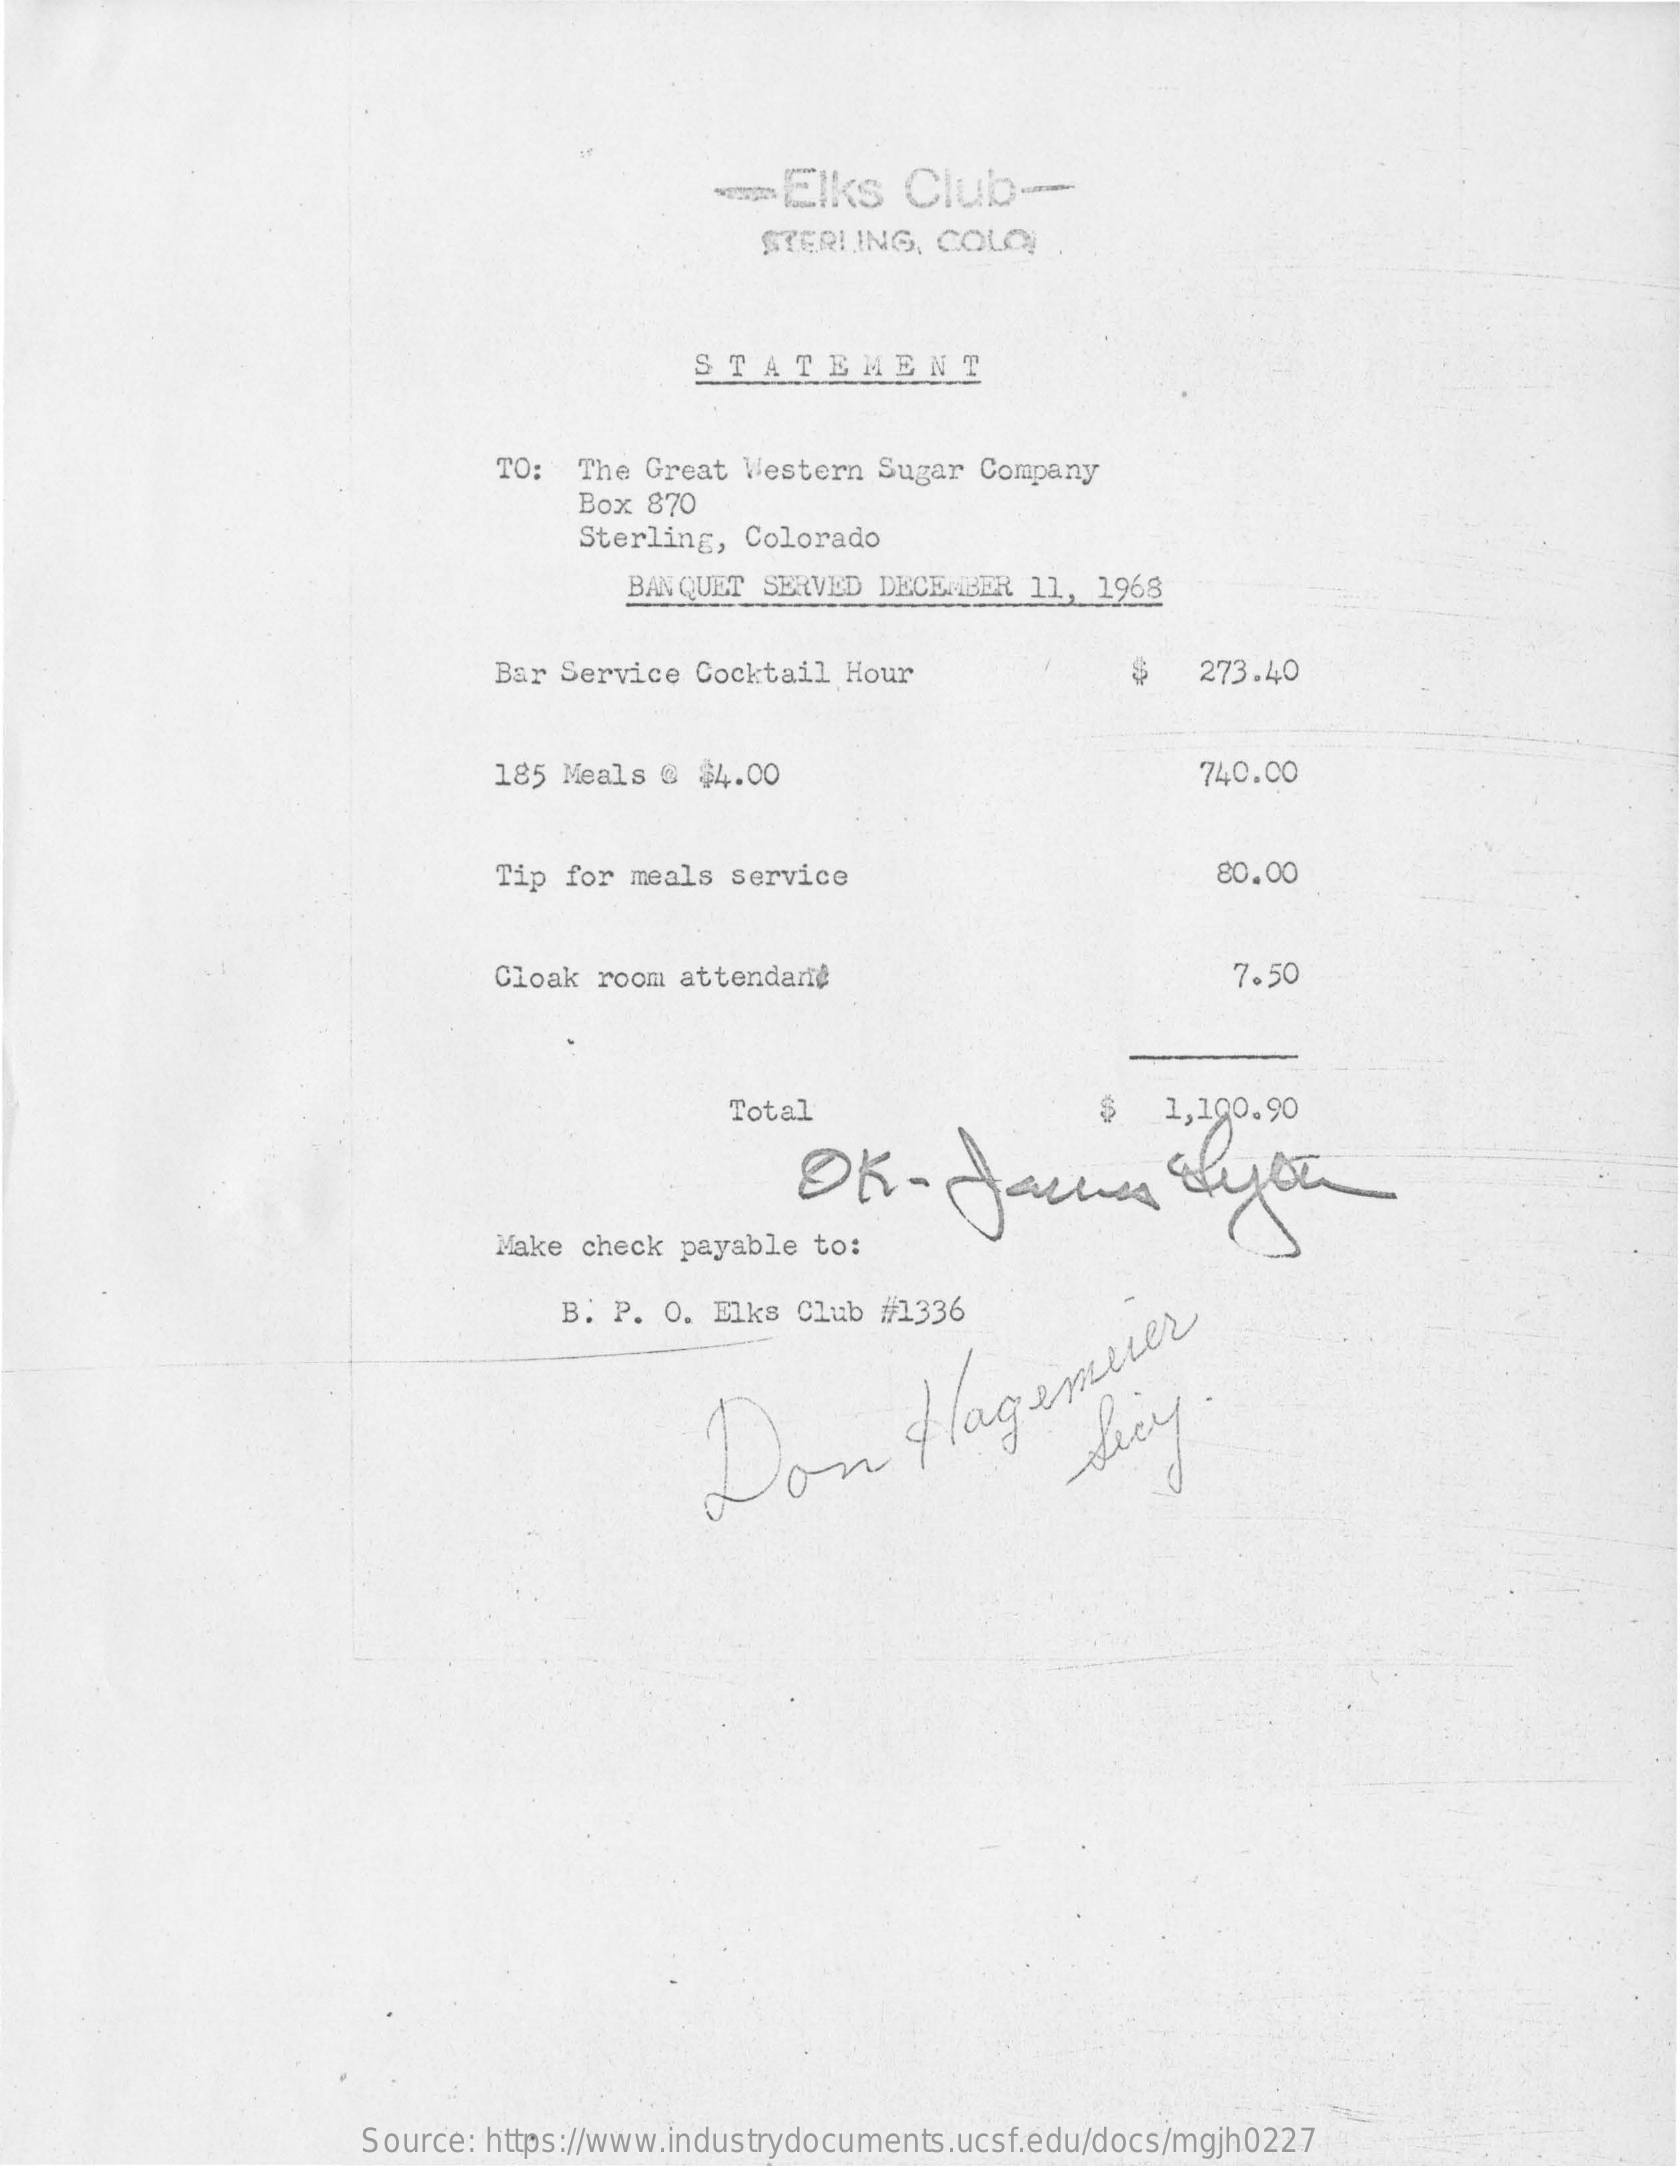
walks    Club   ---
     STERLING,  COLO
     STATEMENT
     TO:  The Great Western Sugar Company
     Box 870
     Sterling, Colorado
     BANQUET SERVED DECEMBER  11, 1968
     Bar Service Cocktail Hour    $   273.40
     185 Meals @ $4.00    740.00
     Tip for meals service    80.00
     Cloak room attendand    7.50
     Total    $   1,190.90
     Make check payable to:
     B. P. O. Elks Club #1336
     Don
     flagemuser Decy
     Source: https://www.industrydocuments.ucsf.edu/docs/mgjh0227